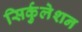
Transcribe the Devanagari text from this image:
सिर्कुलेशन